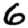
Digit: 6